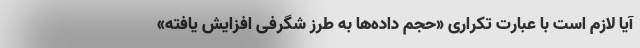
آیا لازم است با عبارت تکراری «حجم داده‌ها به طرز شگرفی افزایش یافته»